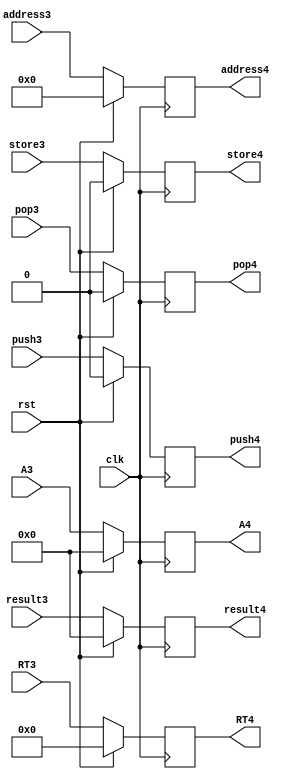
`timescale 1ns / 1ps

module registerStage3_4(
    input clk,
    input rst,
    input [23:0] result3,
    input [3:0] RT3,
    input store3,
    input [9:0] address3,
    input [23:0] A3,
    input push3,
    input pop3,
    output reg [23:0] result4,
    output reg [3:0] RT4,
    output reg store4,
    output reg [9:0] address4,
    output reg [23:0] A4,
    output reg push4,
    output reg pop4
    );
    
    always @(posedge clk) begin
        if (rst) begin
            store4 <= 1'b0;
            RT4 <= 4'b0;
            A4 <= 24'b0;
            address4 <= 10'b0;
            result4 <= 24'b0;
            push4 <= 0;
            pop4 <= 0;
        end
        else begin
            store4 <= store3;
            A4 <= A3;
            RT4 <= RT3;
            address4 <= address3;
            result4 <= result3;
            push4 <= push3;
            pop4 <= pop3;
        end
    end
    
endmodule